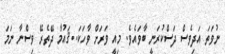
ނުވަތަ އަދިވެސް ދަސްކުރަނީ ބާވައެވެ. މިއީ ވަރަށް ވާހަކަ..ޤައުމާ ދޭތެރޭ ވިސްނާ ނަމަ